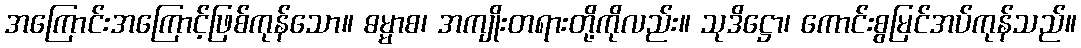
အကြောင်းအကြောင့်ဖြစ်ကုန်သော။ ဓမ္မာစ၊ အကျိုးတရားတို့ကိုလည်း။ သုဒိဋ္ဌော၊ ကောင်းစွမြင်အပ်ကုန်သည်။